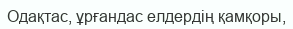
Одақтас, ұрғандас елдердің қамқоры,